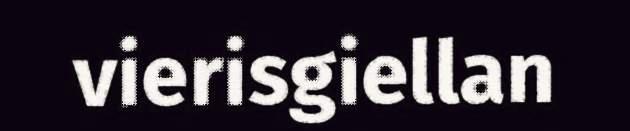
vierisgiellan